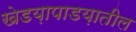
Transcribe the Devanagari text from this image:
खेडय़ापाडय़ातील